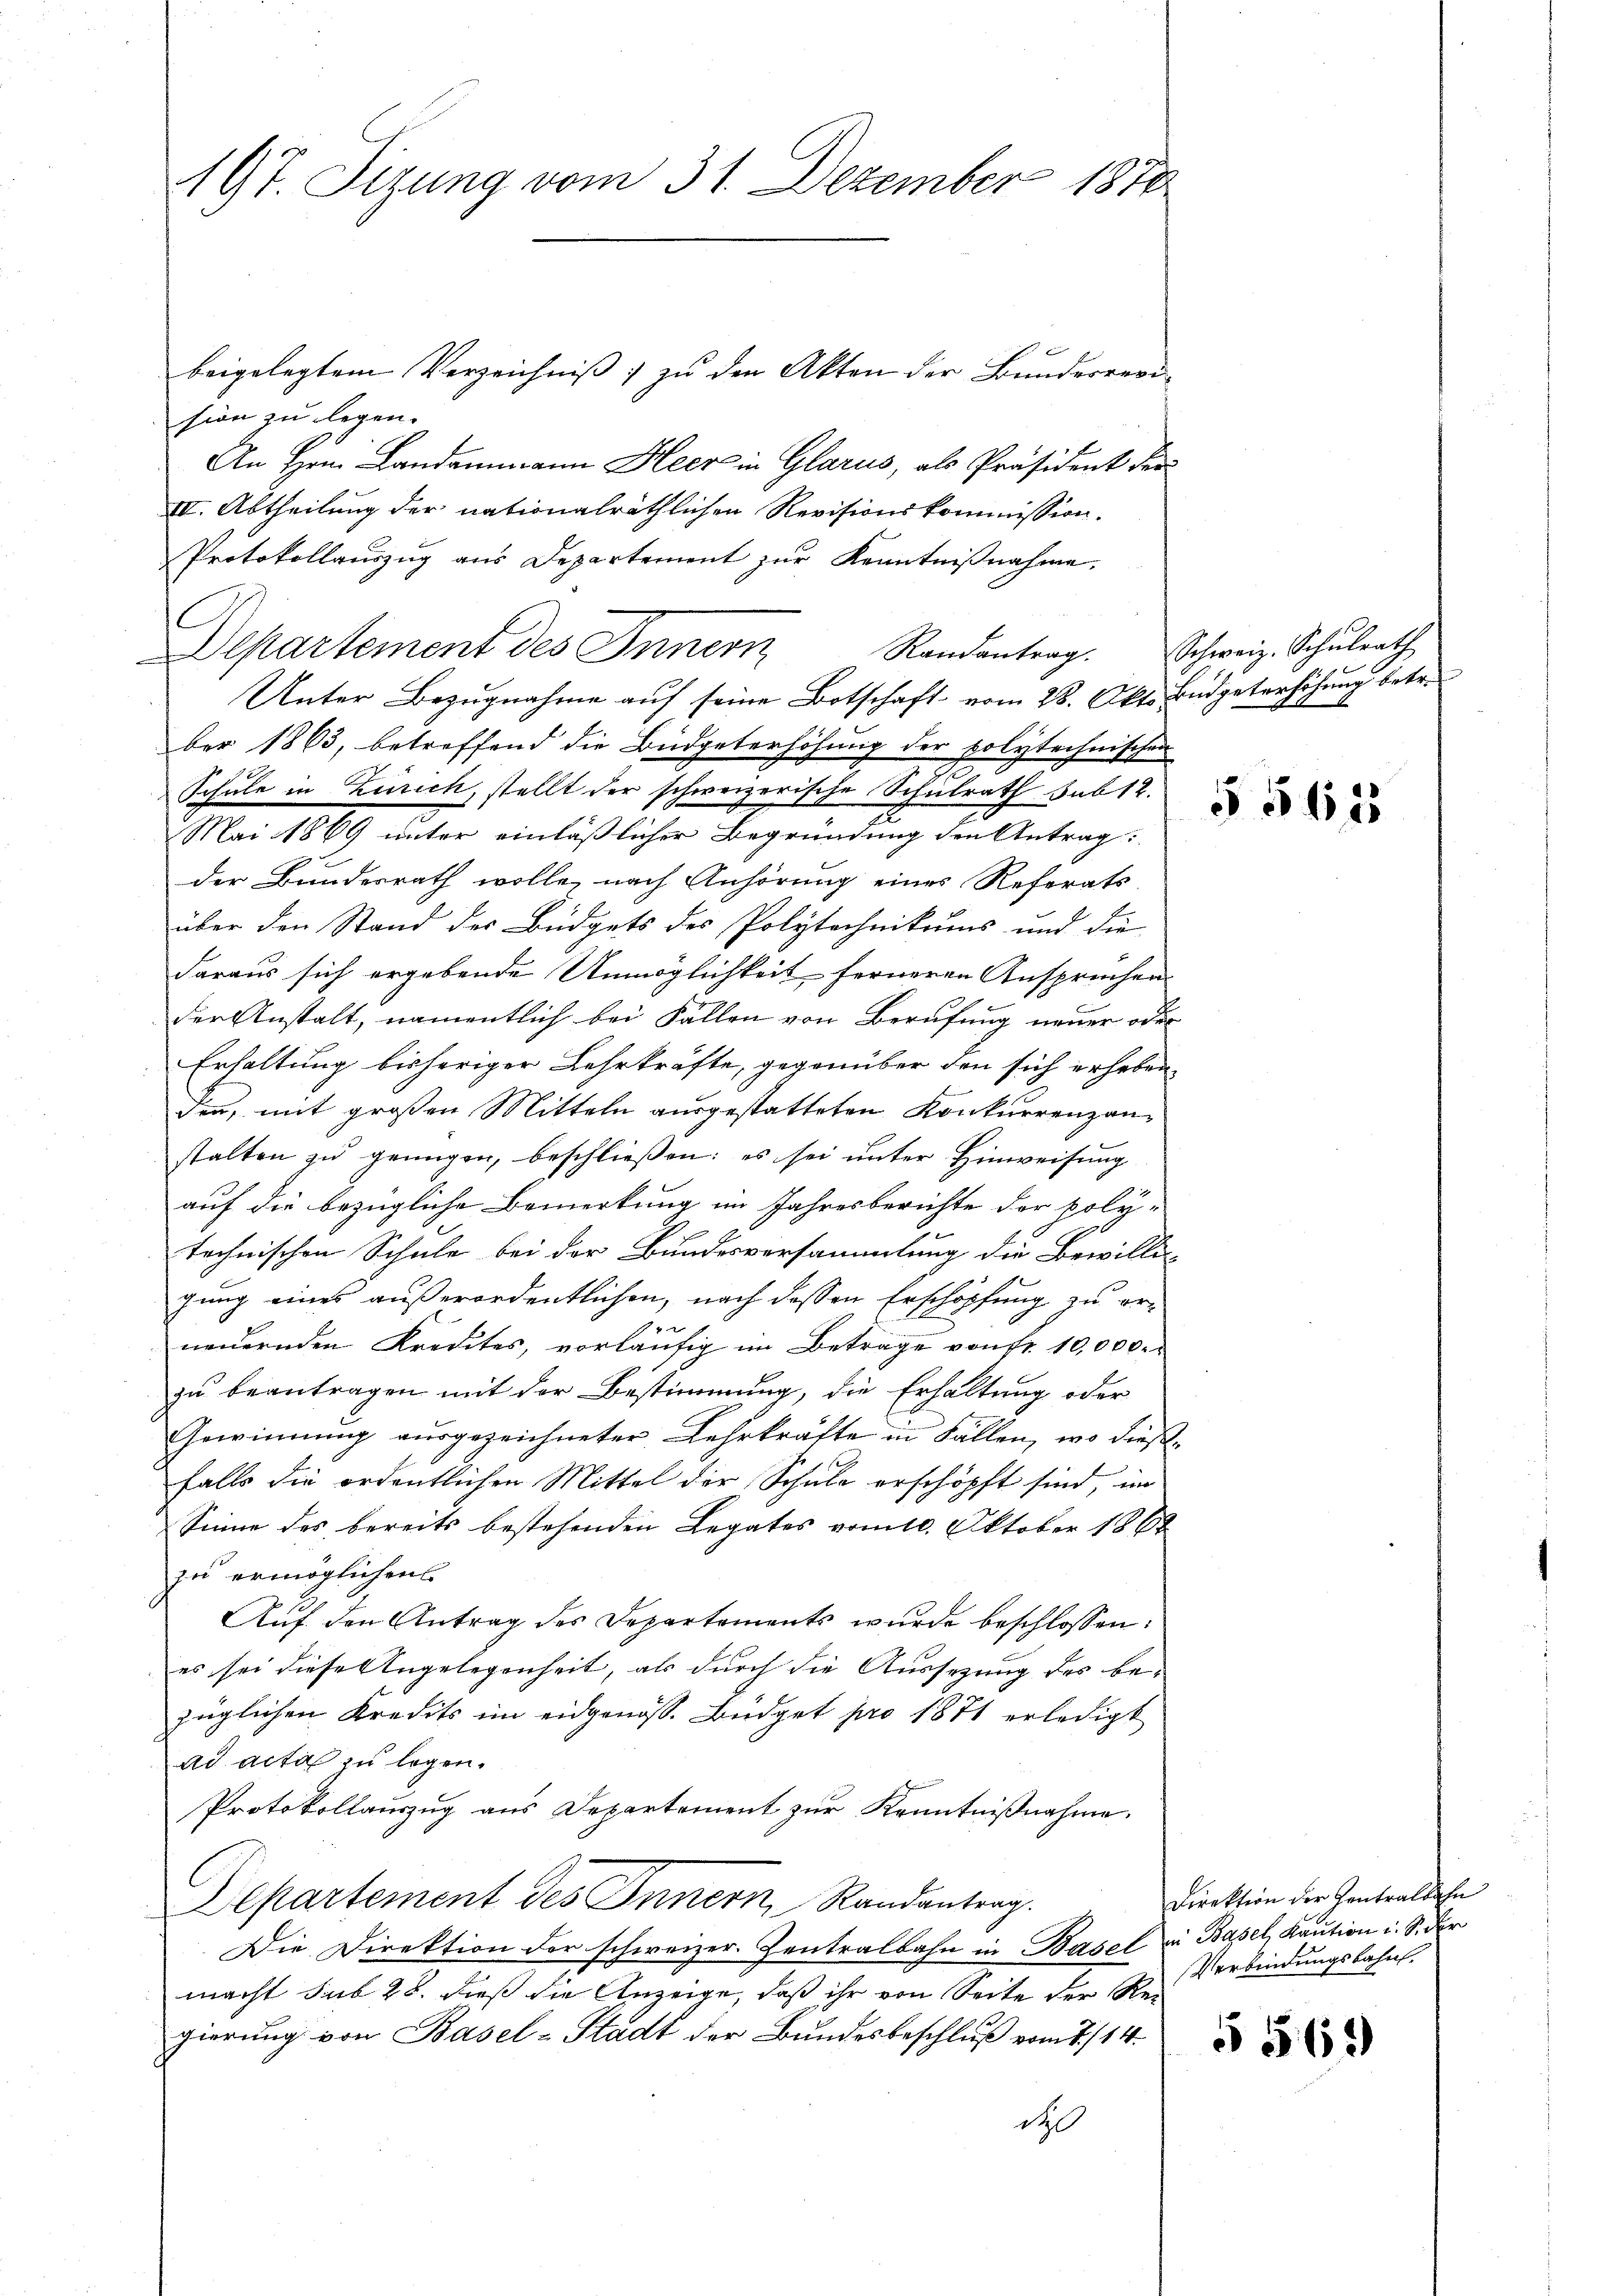
197 Sizung vom 31. Dezember 1870

beigelegtem Verzeichnis zu den Akten der Bundesrevi-
sion zu legen.
An Hrn. Landammann Heer in Glarus, als Präsident der
III. Abtheilung der nationalräthlichen Revisionskommission.
Protokollauszug aus Departement zur Kenntnißnahme.
Departement des Innern
Unter Bezugnahme auf seine Botschaft vom 28. Okt. Budgeterhöhung betr.
ber 1863, betreffend die Büdgeterhöhung der polytechnischen
Schule in Zürich, stellt der schweizerische Schulrath Sub 12.
Mai 1869 unter einläßlicher Begründung den Antrag:
der Bundesrath wolle, nach Anhörung eines Reforats
über den Stand des Büdgets des Polytechnikums und die
daraus sich ergebende Unmöglichkeit ferneren Anspruchen
der Anstalt, namentlich bei Fällen von Berufung neuer oder
Erhaltung bisheriger Lehrkräfte, gegenüber den sich erheben
den, mit großen Mitteln ausgestatteten Konkurrenzanstalten zu genügen, beschließen: es sei unter Hinweisung
auf die bezügliche Bemerkung im Jahresberichte der poly-
technischen Schule bei der Bundesversammlung die Bewilli
gung eines außerordentlichen, nach dessen Erschöpfung zu er-
F
neuernden Kredites, vorläufig im Betrage von fr. 10,000.
zu beantragen mit der Bestimmung, die Erhaltung oder
Gewinnung ausgezeichneter Lehrkräfte in Fällen, wo diese
falls die ordentlichen Mittel der Schule erschöpft sind, im
Sinne des bereits bestehenden Legates vom 10. Oktober 1868
zu ermöglichen
Auf den Antrag des Departements wurde beschlossen:
es sei diese Angelegenheit, als durch die Aussezung des bezüglichen Kredits im eidgenöss. Büdget pro 1871 erledigt
ad acta zu legen.
Protokollauszug aus Departement zur Kenntnißnahme.
Departement des Innern, Randantrag.
Die Direktion der schweizer. Zentralbahn in Basel in Basel, Kaution u. S. der
macht sub 28. dieß die Anzeige, daß ihr von Seite der Rei
gierung von Basel-Stadt der Bundesbeschluß vom 2./14.
d

Randantrag. Schweiz. Schŭlrath

§ 561

Direktion der Kontralbahn
Verbindungsbahn.

§ 569